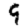
Digit: 9